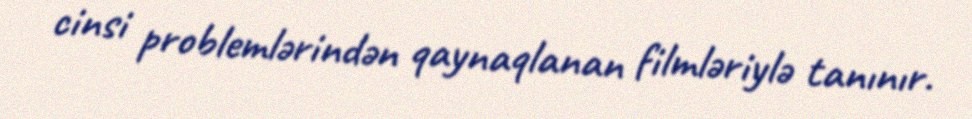
cinsi problemlərindən qaynaqlanan filmləriylə tanınır.